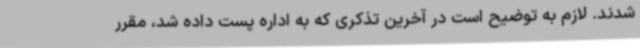
شدند. لازم به توضیح است در آخرین تذکری که به اداره پست داده شد، مقرر